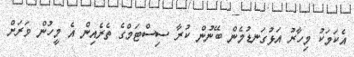
އެކަމަކު މިހާރު އަޅުގަނޑުމެން ބޭނުން ކުރާ ސިސްޓަމްގެ ތެރެއިން އެ މީހުން ވަރަށް